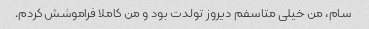
سام، من خیلی متاسفم دیروز تولدت بود و من کاملا فراموشش کردم.